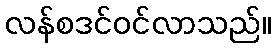
လန်စဒင်ဝင်လာသည်။